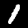
Digit: 1